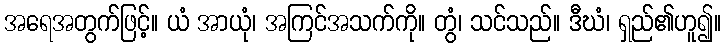
အရေအတွက်ဖြင့်။ ယံ အာယုံ၊ အကြင်အသက်ကို။ တွံ၊ သင်သည်။ ဒီဃံ၊ ရှည်၏ဟူ၍။